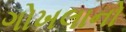
ગોખલાનો